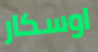
اوسكار